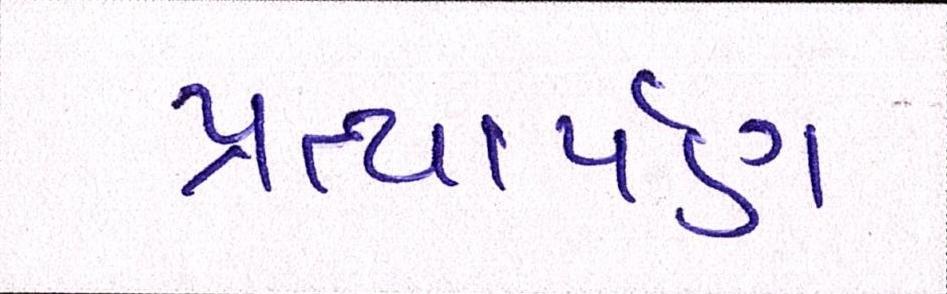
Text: પ્રત્યાર્પણ